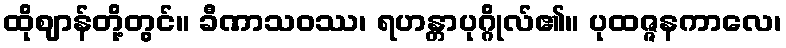
ထိုဈာန်တို့တွင်။ ခီဏာသဝဿ၊ ရဟန္တာပုဂ္ဂိုလ်၏။ ပုထဇ္ဇနကာလေ၊